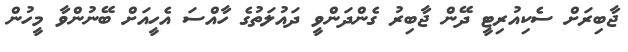
ޖާބިރަށް ސެކިއުރިޓީ ދޭން ޖާބިރު ގެންދަންވީ ދައުލަތުގެ ހާއްސަ އެހީއަށް ބޭނުންވާ މީހުން